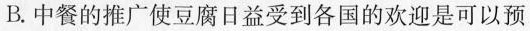
B.中餐的推广使豆腐日益受到各国的欢迎是可以预